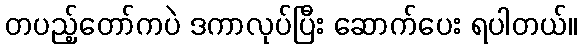
တပည့်တော်ကပဲ ဒကာလုပ်ပြီး ဆောက်ပေး ရပါတယ်။